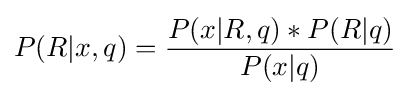
P(R|x,q)={\frac {P(x|R,q)*P(R|q)}{P(x|q)}}